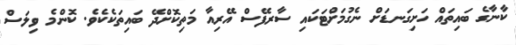
ކާނާގެ ބައިތައް ހަށިގަނޑަށް ނެގުމަށްޓަކައި ސާރފޭސް އޭރިއާ މަތިކޮށްދޭ ބައިތަކެކެވެ. ކޮންމެ ވިލަސް